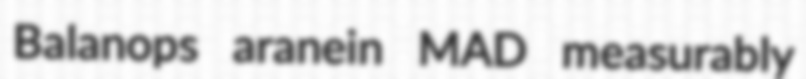
Balanops aranein MAD measurably